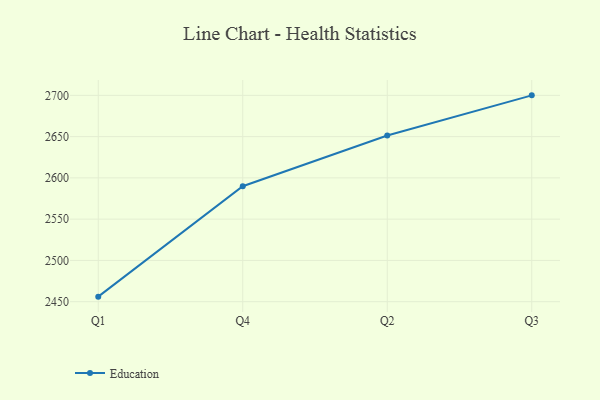
{"axis": {"x": "Quarter", "y": "Satisfaction Score"}, "legend": ["Education"], "data": [{"x": "Q1", "y": 2456.1, "type": "Education"}, {"x": "Q4", "y": 2589.9, "type": "Education"}, {"x": "Q2", "y": 2651.4, "type": "Education"}, {"x": "Q3", "y": 2700.0, "type": "Education"}]}